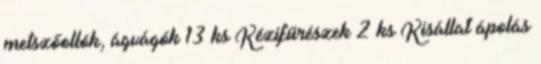
metszőollók, ágvágók 13 ks Kézifűrészek 2 ks Kisállat ápolás